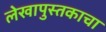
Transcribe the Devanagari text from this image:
लेखापुस्तकाचा